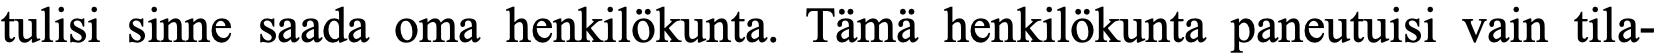
tulisi sinne saada oma henkilökunta. Tämä henkilökunta paneutuisi vain tila-